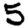
Digit: 5